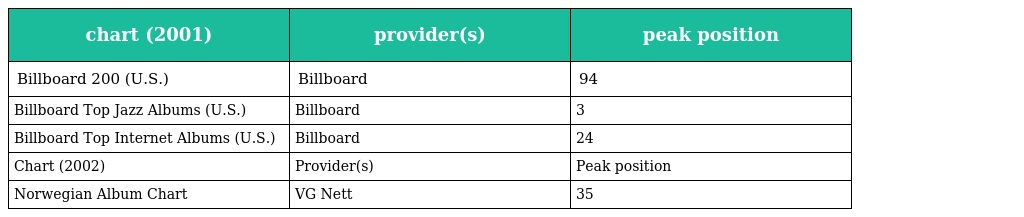
| chart (2001) | provider(s) | peak position |
 | --- | --- | --- |
 | Billboard 200 (U.S.) | Billboard | 94 |
 | Billboard Top Jazz Albums (U.S.) | Billboard | 3 |
 | Billboard Top Internet Albums (U.S.) | Billboard | 24 |
 | Chart (2002) | Provider(s) | Peak position |
 | Norwegian Album Chart | VG Nett | 35 |